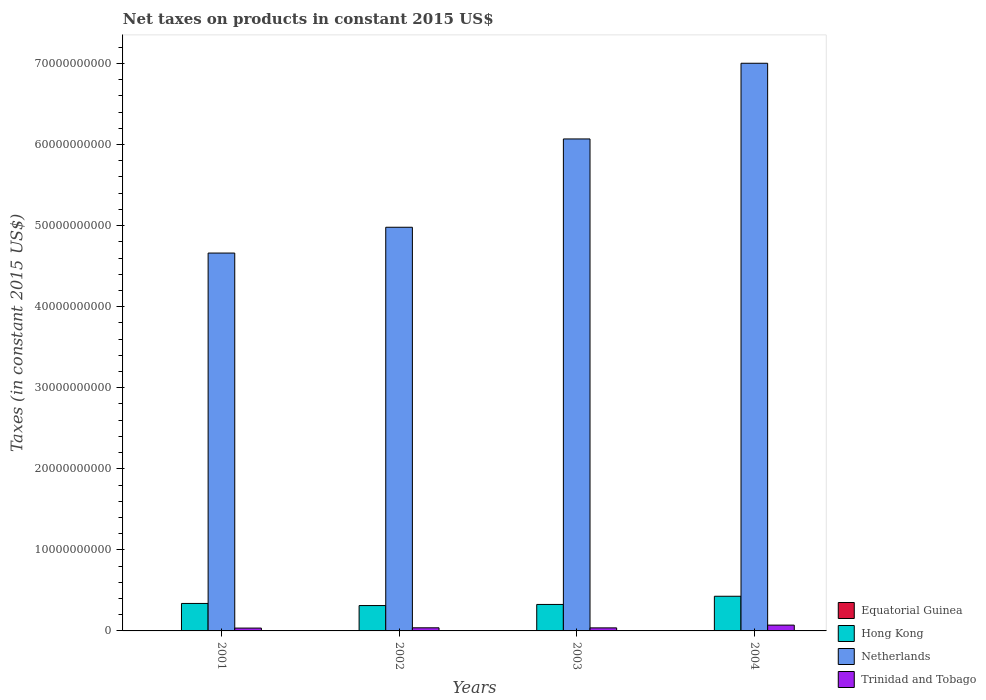
| Years | Equatorial Guinea | Hong Kong | Netherlands | Trinidad and Tobago |
 | --- | --- | --- | --- | --- |
 | 2001 | 1.68e+07 | 3.39e+09 | 4.66e+10 | 3.5e+08 |
 | 2002 | 2.04e+07 | 3.13e+09 | 4.98e+10 | 3.84e+08 |
 | 2003 | 3.39e+07 | 3.27e+09 | 6.07e+10 | 3.76e+08 |
 | 2004 | 4.28e+07 | 4.28e+09 | 7e+10 | 7.15e+08 |